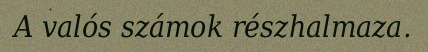
A valós számok részhalmaza.